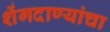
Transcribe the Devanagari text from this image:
शेंगदाण्यांचा